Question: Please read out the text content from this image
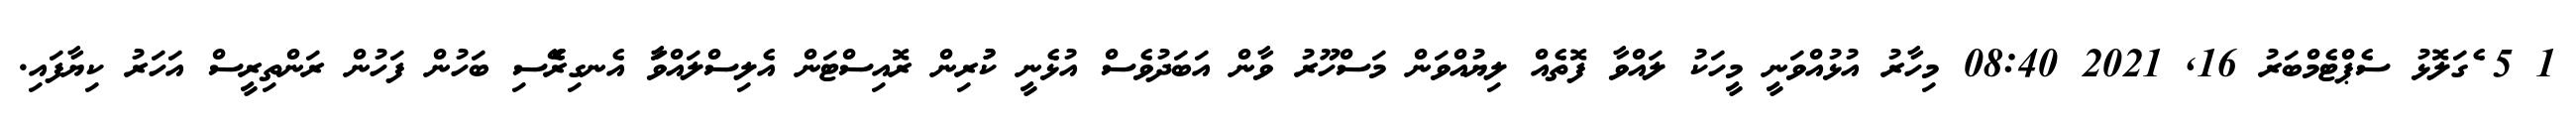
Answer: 1 5 ެގަލޮޅު ސެޕްޓެމްބަރު 16, 2021 08:40 މިހާރު އުޅުއްވަނީ މީހަކު ލައްވާ ފޮތެއް ލިޔުއްވަން މަސްހޫރު ވާން އަބަދުވެސް އުޅެނީ ކުުރިން ރޮއިސްޓަން އެލިސްލައްވަާ އެނގިރެޭސި ބަހުން ފަހުން ރަންތިރީސް އަހަރު ކިޔާފައި.